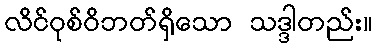
လိင်ဝုစ်ဝိဘတ်ရှိသော သဒ္ဒါတည်း။